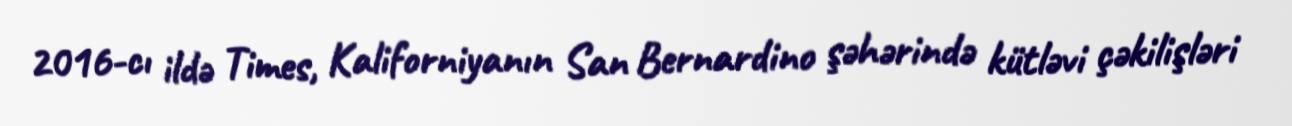
2016-cı ildə Times, Kaliforniyanın San Bernardino şəhərində kütləvi çəkilişləri